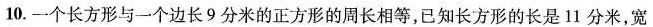
10.一个长方形与一个边长9分米的正方形的周长相等，已知长方形的长是11分米，宽